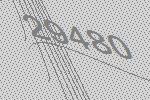
29480